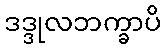
ဒဒ္ဒုလဘက္ခာပိ